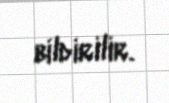
bildirilir.